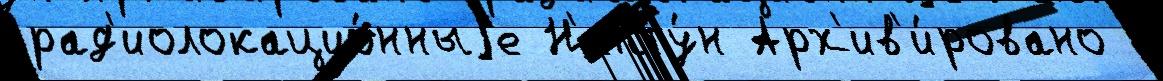
рад'иолокацио́нныjе Н'епту́н Арх'ив'и́ровано